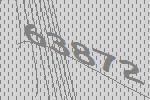
63872